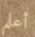
أعلم